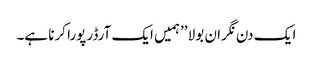
ا یک دن نگران بولا ’’ہمیں ایک آرڈر پورا کرنا ہے۔